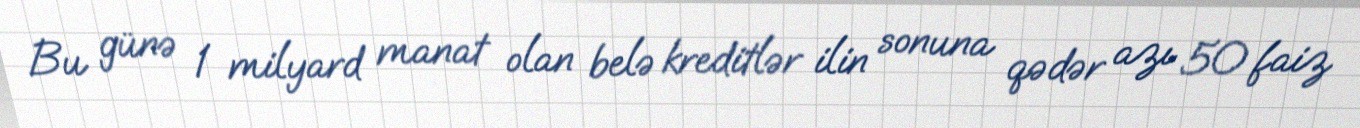
Bu günə 1 milyard manat olan belə kreditlər ilin sonuna qədər azı 50 faiz